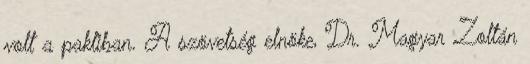
volt a pakliban. A szövetség elnöke, Dr. Magyar Zoltán